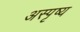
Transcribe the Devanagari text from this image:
अस्पृष्य